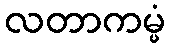
လတာကမ္မံ